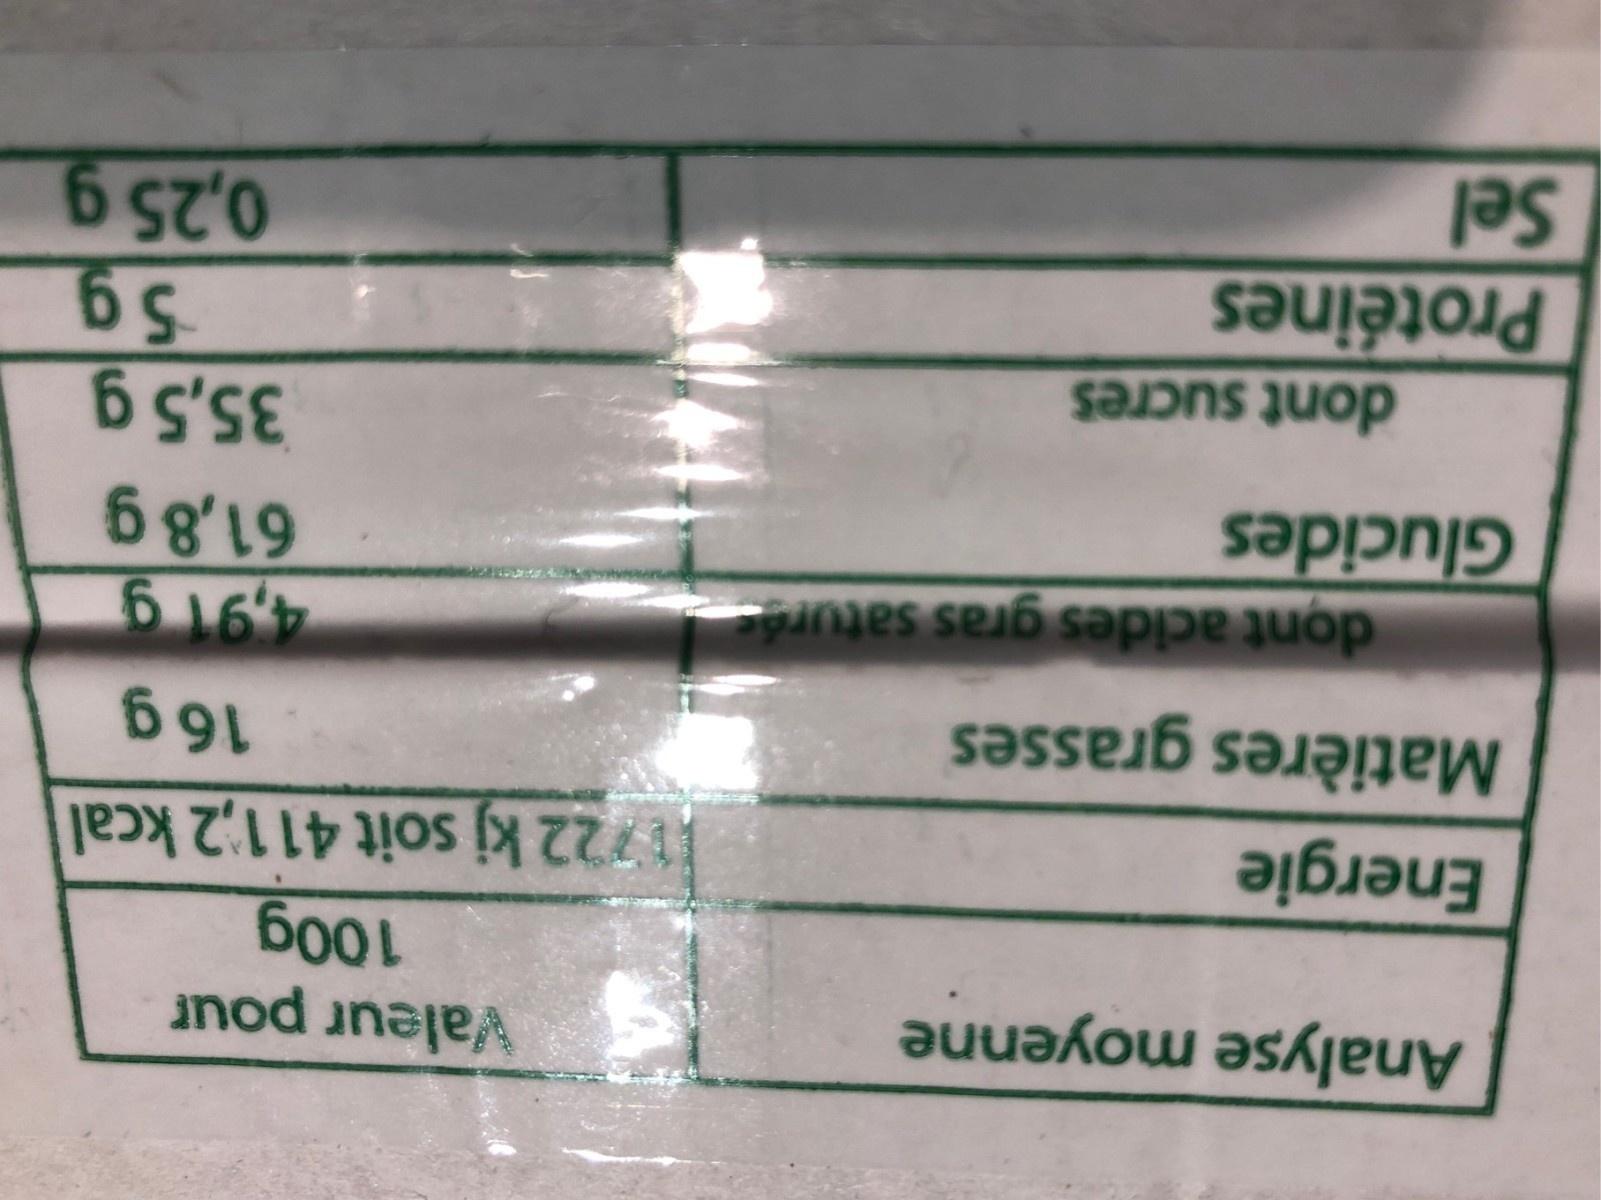
Analyse moyenne
Energie
Matières grasses
dont acides gras saturés
Glucides
dont sucres
Protéines
Sel
Valeur pour
100g
1722 kj soit 411,2 kcal
16 g
4,91 g
61,8 g
35,5 g
5g 0,25 g